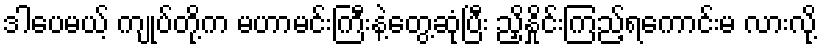
ဒါပေမယ့် ကျုပ်တို့က မဟာမင်းကြီးနဲ့တွေ့ဆုံပြီး ညှိနှိုင်းကြည့်ရကောင်းမ လားလို့